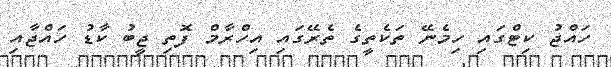
ހައްޖު ކިޓްގައި ހިމެނޭ ތަކެތީގެ ތެރޭގައި އިހްރާމް ފޮތި ޖީބު ކާޑު ހައްޖާއި